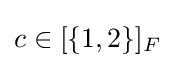
{\textstyle c\in [\{1,2\}]_{F}}